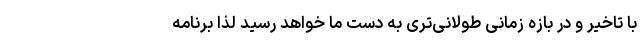
با تاخیر و در بازه زمانی طولانی‌تری به دست ما خواهد رسید لذا برنامه